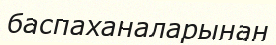
баспаханаларынан